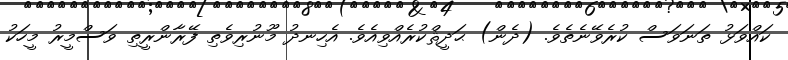
ކައްވަޅު ތަނަވަސް ކުރެވޭނެތެވެ. (ދެން) ޙަދީޘްކުރެއްވިއެވެ. އެހިނދު މޫނުރިވެތި ފޭރާންރީތި ވަސްމީރު މީހަކު